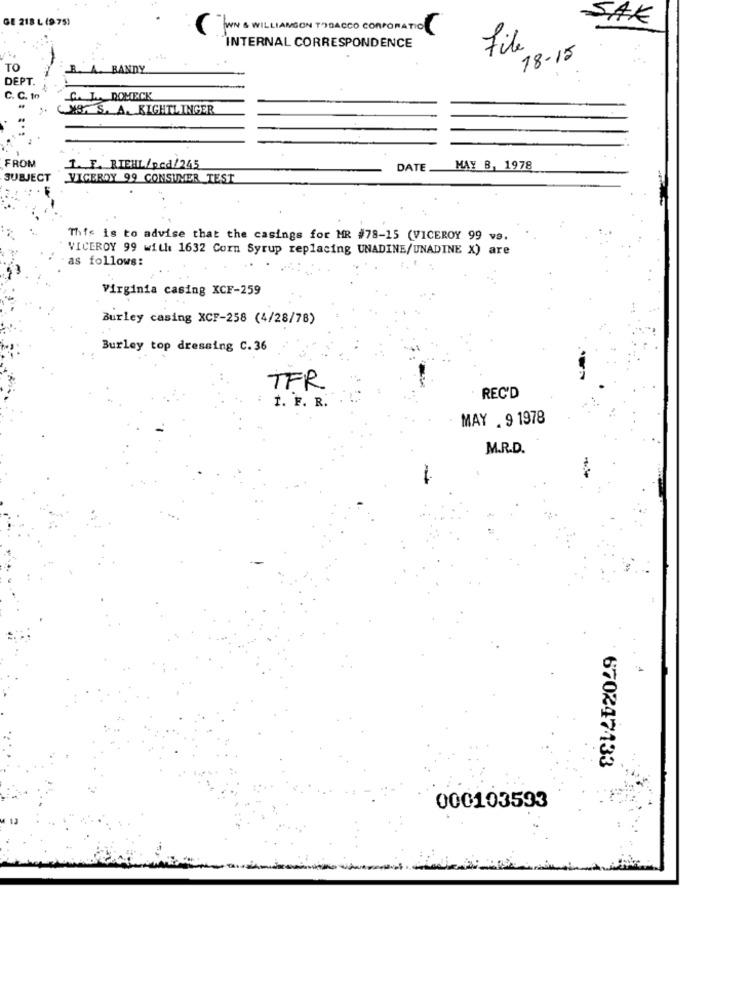
GE 218 L (9 75)
SAK
WIN & WILLIAMSON TOBACCO CORPORATIO
INTERNAL CORRESPONDENCE
File
18-15
TO
B. A. BANDY
DEPT.
C. C. to
C. L. DOMECK
CXS. S. A. KIGHTLINGER
FROM
1. F. RIEHL/pcd/245
DATE
MAY B, 1978
SUBJECT
VICEROY 99 CONSUMER TEST
This is to advise that the casings for MR #78-15 (VICEROY 99 vs.
VICEROY 99 with 1632 Corn Syrup replacing UNADINE/UNADINE X) are
as follows:
Virginia casing XCF-259
Burley casing XCF-258 (4/28/78)
Burley top dressing C. 36
TFR
İ. F. R.
REC'D
MAY . 9 1978
M.R.D.
670247133
000103593